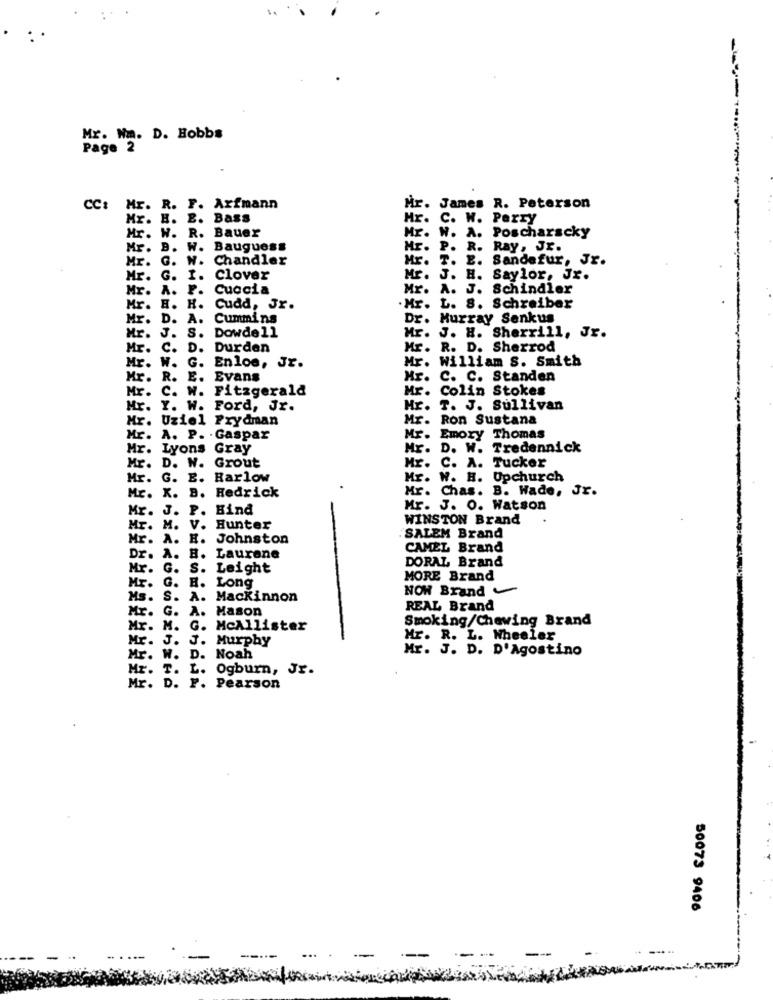
Mr. Nm. D. Hobbs
Page 2
CC: Mr. R. F. Arfmann
Mr. James R. Peterson
Mr. H. E. Bass
Hr. C. W. Perry
Mr. W. R. Bauer
Mr. W. A. Poscharscky
Mr. B. W. Bauguess
Mr. P. R.
Ray, JE.
Mr. G. W. Chandler
Sandefur, Jr.
Mr. T. E.
Mr. G. I. Clover
Mr. J. H
. Saylor, Jr.
Mr.
A.
P.
Cuccia
Mr. A. J. Schindler
Mr.
H. H. Cudd, Jr.
. Mr. L. 8. Schreiber
Mr.
D. A. Cummins
Dr. Murray Senkus
Mr. J.
S. Dowdell
Mr. J. H. Sherrill, Jr.
Mr.
C. D. Durden
Mr. R. D. Sherrod
Mr. William S. Smith
Mr. W. G. Enlos, Jr.
Mr.
R.
E. Evans
Mr. C. C. Standen
Mr.
C. W. Fitzgerald
Mr. Colin Stokes
Mr. Y. W. Ford, Jr.
Hr. T. J. Sullivan
Mr. Uziel Frydman
Mr. Ron Sustana
Mr. A. P. . Gaspar
Mr. Emory Thomas
Mr. Lyons Gray
Mr. D. W. Tredennick
Mr. C. A. Tucker
Mr. D. W. Grout
Mr. G. E. Harlow
Mr. W. H. Upchurch
Mr. X. B. Hedrick
Mr. Chas. B. Wade, Jr.
Mr. J. P. Hind
Mr. J. O. Watson
WINSTON Brand
Mr. M. V. Hunter
Mr. A. H. Johnston
SALEM Brand
CAMEL Brand
Dr. A. H. Laurene
DORAL Brand
Mr. G. S. Leight
Mr. G. H. Long
MORE Brand
NOW Brand
Ms. S. A. Mackinnon
Mr. G. A. Mason
REAL Brand
Smoking/Chewing Brand
Mr. M. G. McAllister
Mr. J. J. Murphy
Mr. R. L. Wheeler
Mr. J. D. D'Agostino
Mr. W. D. Noah
Mr. T. L. Ogburn, Jr.
Mr. D. F. Pearson
50073 9406